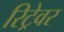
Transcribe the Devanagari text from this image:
रिट्रेवर